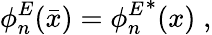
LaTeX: \phi_{n}^{E}(\bar{x})={\phi_{n}^{E}}^{*}(x){\; ,}